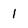
Character: 1